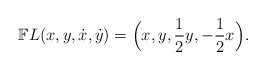
\begin{align*}\mathbb{F}L(x,y,\dot x,\dot y) = \Big(x,y,\frac{1}{2} y,-\frac{1}{2} x\Big).\end{align*}